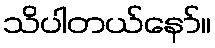
သိပါတယ်နော်။